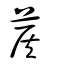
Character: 葔